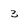
Character: 3